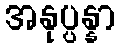
အနုပ္ပန္နာ